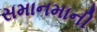
સમાનમાની